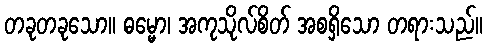
တခုတခုသော။ ဓမ္မော၊ အကုသိုလ်စိတ် အစရှိသော တရားသည်။